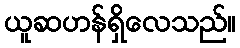
ယူဆဟန်ရှိလေသည်။